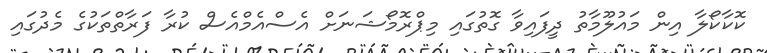
ކޮކާކޯލާ އިން މައުލޫމާތު ދީފައިވާ ގޮތުގައި މިޕްރޮމޯޝަނަށް އެސްއެމްއެސް ކުރާ ފަރާތްތަކުގެ މެދުގައި